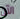
الآن